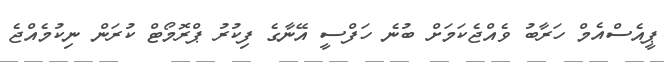
ޕީއެސްއެމް ހަރާބު ވެއްޖެކަމަށް ބުނެ ހަފްސީ އޭނާގެ ފިކުރު ޕްރޮމޯޓް ކުރަން ނިކުމެއްޖެ